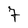
Character: 7